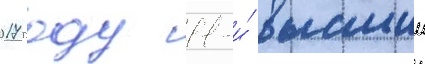
2017 году 11-и́ высшии